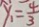
y _ { 1 } = \frac { 4 } { 3 }